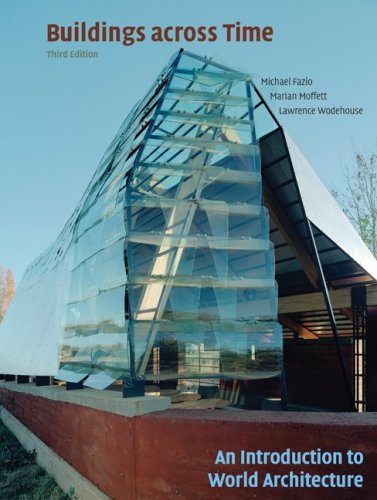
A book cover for Buildings across Time: An Introduction to World Architecture; Michael Fazio; Arts & Photography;